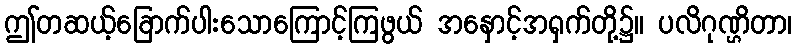
ဤတဆယ့်ခြောက်ပါးသောကြောင့်ကြဖွယ် အနှောင့်အရှက်တို့၌။ ပလိဂုဏ္ဌိတာ၊